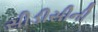
સીડીસીની